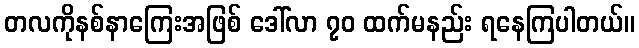
တလကိုနစ်နာကြေးအဖြစ် ဒေါ်လာ ၇၀ ထက်မနည်း ရနေကြပါတယ်။